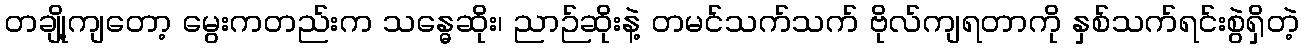
တချို့ကျတော့ မွေးကတည်းက သန္ဓေဆိုး၊ ညာဉ်ဆိုးနဲ့ တမင်သက်သက် ဗိုလ်ကျရတာကို နှစ်သက်ရင်းစွဲရှိတဲ့